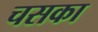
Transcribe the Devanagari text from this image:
चसका